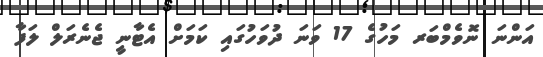
އަންނަ ނޮވެމްބަރ މަހުގެ 17 ވަނަ ދުވަހުގައި ކަމަށް އެޓާނީ ޖެނެރަލް ލަފާ